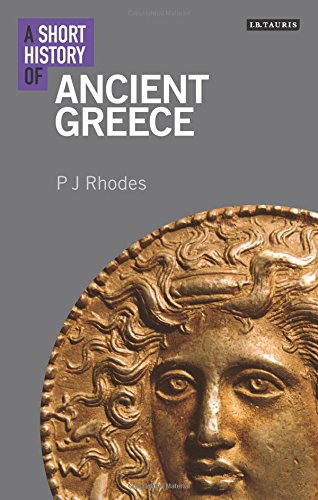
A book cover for A Short History of Ancient Greece (I.B. Tauris Short Histories); P. J. Rhodes; Literature & Fiction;